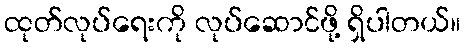
ထုတ်လုပ်ရေးကို လုပ်ဆောင်ဖို့ ရှိပါတယ်။